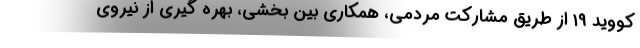
کووید ۱۹ از طریق مشارکت مردمی، همکاری بین بخشی، بهره گیری از نیروی